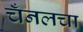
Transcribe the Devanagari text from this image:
चँनलचा